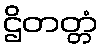
ဌိတတ္တံ